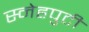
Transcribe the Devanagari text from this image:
स्नेहपुटी